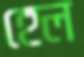
হেল